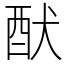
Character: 䣭